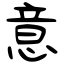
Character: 意